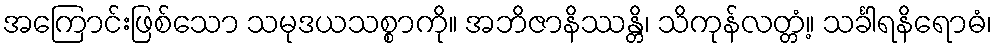
အကြောင်းဖြစ်သော သမုဒယသစ္စာကို။ အဘိဇာနိဿန္တိ၊ သိကုန်လတ္တံ့။ သင်္ခါရနိရောဓံ၊